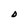
Character: D